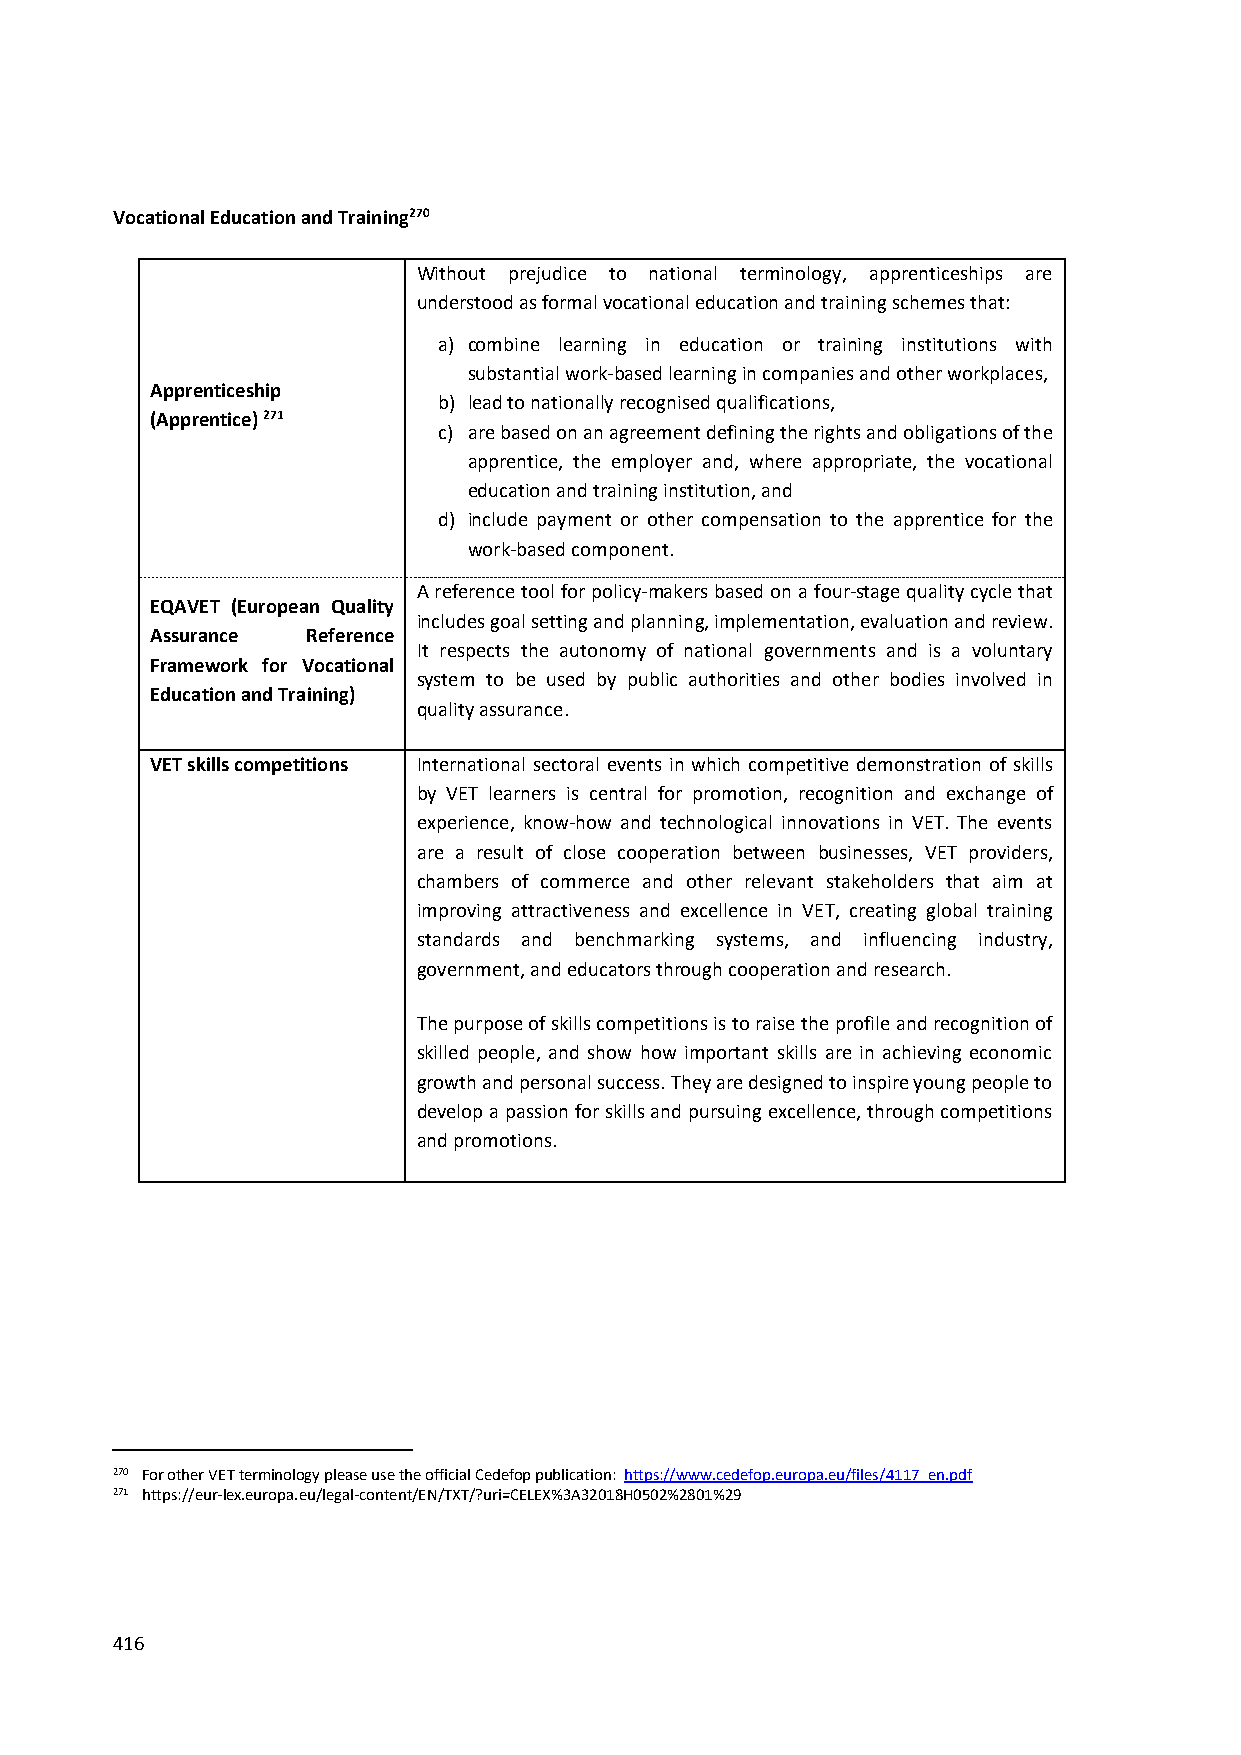
Vocational Education and Training270
 Without prejudice to national terminology, apprenticeships are
 understood as formal vocational education and training schemes that:
 a) combine learning in education or training institutions with
 substantial work-based learning in companies and other workplaces,
 Apprenticeship
 b) lead to nationally recognised qualifications,
 (Apprentice) 271
 c) are based on an agreement defining the rights and obligations of the
 apprentice, the employer and, where appropriate, the vocational
 education and training institution, and
 d) include payment or other compensation to the apprentice for the
 work-based component.
 A reference tool for policy-makers based on a four-stage quality cycle that
 EQAVET (European Quality
 includes goal setting and planning, implementation, evaluation and review.
 Assurance Reference
 It respects the autonomy of national governments and is a voluntary
 Framework for Vocational
 system to be used by public authorities and other bodies involved in
 Education and Training)
 quality assurance.
 VET skills competitions International sectoral events in which competitive demonstration of skills
 by VET learners is central for promotion, recognition and exchange of
 experience, know-how and technological innovations in VET. The events
 are a result of close cooperation between businesses, VET providers,
 chambers of commerce and other relevant stakeholders that aim at
 improving attractiveness and excellence in VET, creating global training
 standards and benchmarking systems, and influencing industry,
 government, and educators through cooperation and research.
 The purpose of skills competitions is to raise the profile and recognition of
 skilled people, and show how important skills are in achieving economic
 growth and personal success. They are designed to inspire young people to
 develop a passion for skills and pursuing excellence, through competitions
 and promotions.
 270 For other VET terminology please use the official Cedefop publication: https://www.cedefop.europa.eu/files/4117_en.pdf
 271 https://eur-lex.europa.eu/legal-content/EN/TXT/?uri=CELEX%3A32018H0502%2801%29
 416